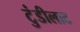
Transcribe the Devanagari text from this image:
टुंडीलाट